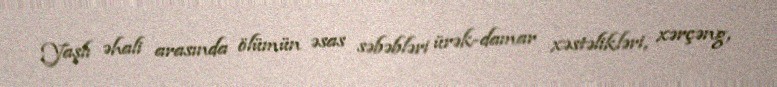
Yaşlı əhali arasında ölümün əsas səbəbləri ürək-damar xəstəlikləri, xərçəng,